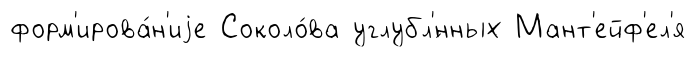
форм'ирова́н'иjе Соколо́ва углубл'́нных Мант'ейф'ел'я